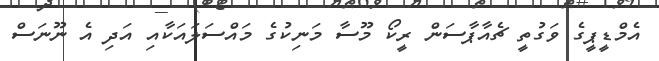
އެމްޑީޕީގެ ވަގުތީ ޗެއާޕާސަން ރީކޯ މޫސާ މަނިކުގެ މައްސަލައަކާއި އަދި އެ ނޫނަސް